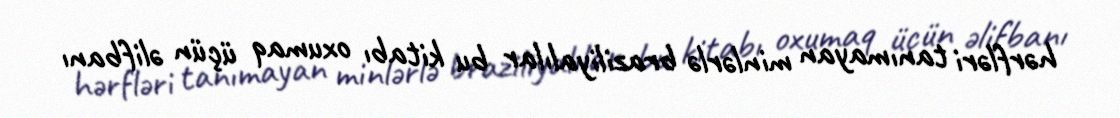
hərfləri tanımayan minlərlə braziliyalılar bu kitabı oxumaq üçün əlifbanı